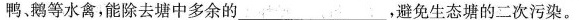
鸭、鹅等水禽，能除去塘中多余的___，避免生态塘的二次污染。